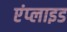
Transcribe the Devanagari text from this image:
एंप्‍लाइड